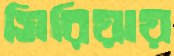
সিরিয়ায়